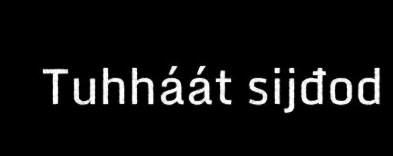
Tuhháát sijđod